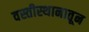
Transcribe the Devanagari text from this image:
वस्तीस्थानातून